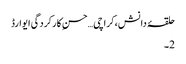
حلقۂ دانش،کراچی…حسنِ کارکردگی ایوارڈ
2۔